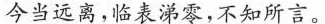
今当远离，表涕零，不如所言。